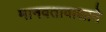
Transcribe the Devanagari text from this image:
मानवतावाद्याने